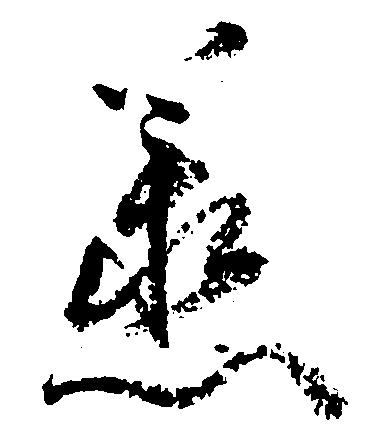
丞